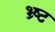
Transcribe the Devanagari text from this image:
भ्र्ष्ट